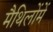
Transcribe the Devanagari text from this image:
मैथिलोंमें